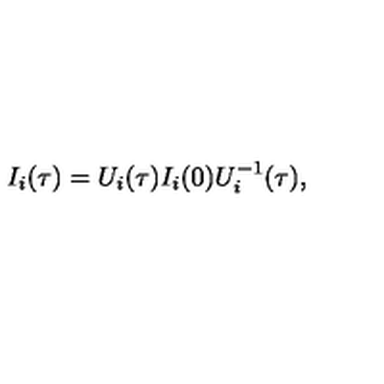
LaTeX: I _ { i } ( { \tau } ) = U _ { i } ( { \tau } ) I _ { i } ( 0 ) U _ { i } ^ { - 1 } ( { \tau } ) ,